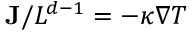
\mathbf { J } / L ^ { d - 1 } = - \kappa \nabla T